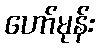
ဟော်မုန်း